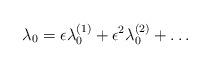
LaTeX: \begin{align*}\lambda_0 =\epsilon \lambda_0^{(1)}+\epsilon^2\lambda_0^{(2)}+\ldots\end{align*}